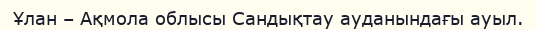
Ұлан – Ақмола облысы Сандықтау ауданындағы ауыл.